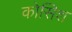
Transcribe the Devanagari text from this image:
कोसिश